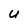
Character: U